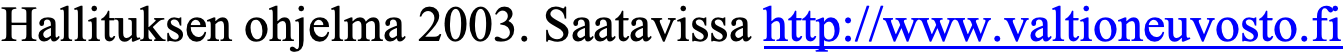
Hallituksen ohjelma 2003. Saatavissa http://www.valtioneuvosto.fi